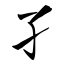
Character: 孑